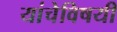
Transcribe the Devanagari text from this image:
यांचेविषयी